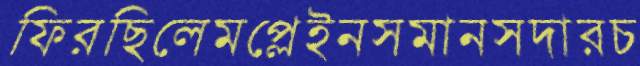
ফিরছিলেমপ্লেইনসমানসদারচ